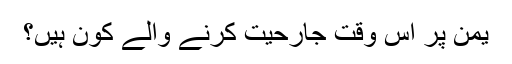
یمن پر اس وقت جارحیت کرنے والے کون ہیں؟